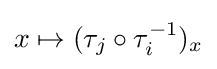
x\mapsto (\tau _{j}\circ \tau _{i}^{-1})_{x}